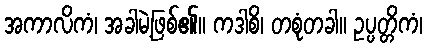
အကာလိကံ၊ အခါမဲ့ဖြစ်၏။ ကဒါစိ၊ တစုံတခါ။ ဥပ္ပတ္တိကံ၊